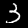
Digit: 3